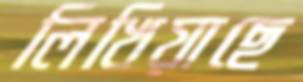
লিখিয়াছে